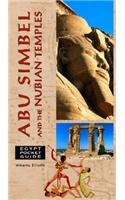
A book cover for Egypt Pocket Guide: Abu Simbel and the Nubian Temples (Egypt Guides); Alberto Siliotti; Travel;